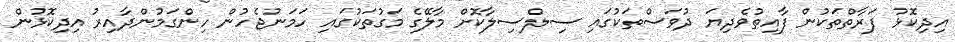
އިދިކޮޅު ފަރާތްތަކުން ފާއިތުވެދިޔަ ދުވަސްތަކުގައި ސިލްސިލާކޮށް މާލޭގެ މަގުތަކުގައި ހަމަނުޖެހުން ހިންގަމުންދާއިރު އިދިކޮޅުން